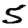
Digit: 5